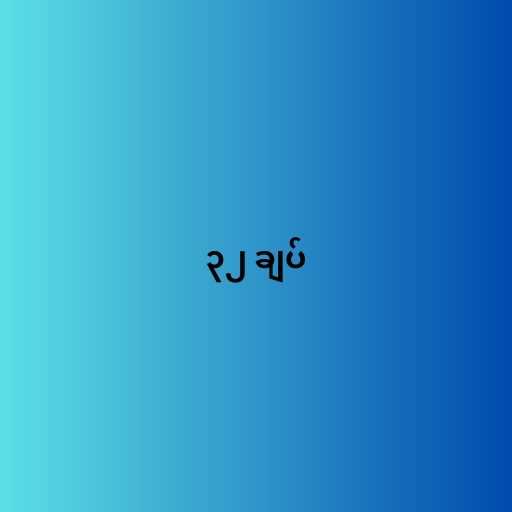
၃၂ ချပ်